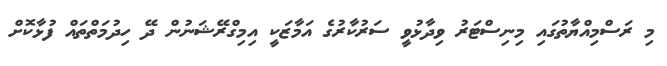
މި ރަސްމިއްޔާތުގައި މިނިސްޓަރު ވިދާޅުވީ ސަރުކާރުގެ އަމާޒަކީ އިމިގްރޭޝަނުން ދޭ ހިދުމަތްތައް ފުޅާކޮށް